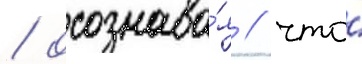
/ осознава́я / что́